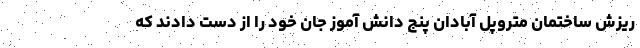
ریزش ساختمان متروپل آبادان پنج دانش آموز جان خود را از دست دادند که